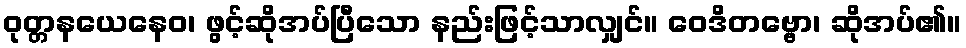
ဝုတ္တနယေနေဝ၊ ဖွင့်ဆိုအပ်ပြီသော နည်းဖြင့်သာလျှင်။ ဝေဒိတဗ္ဗော၊ ဆိုအပ်၏။